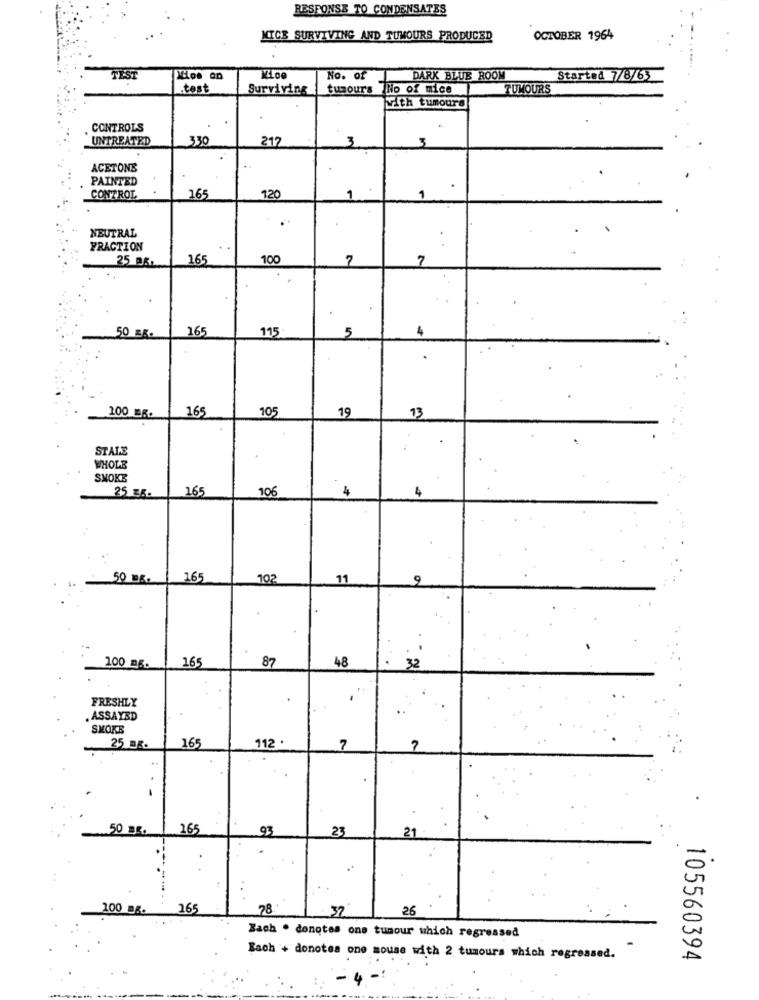
RESPONSE TO CONDENSATES
NICE SURVIVING AND TUMOURS PRODUCED
OCTOBER 1964
TEST
No. of
DARK BLUE ROOM
Started 7/8/63
.test
Surviving
tumours No of mice
TUMOURS
with tumours
. CONTROLS
UNTREATED
330
212
3
3
ACETONE
PAINTED
.
CONTROL
165
120
1
1
NEUTRAL
FRACTION
25 35
165
100
7
7
165
115
5
4
50 ER.
.
165
105
19
100 =6.
13
STALE
WHOLE
SMOKE
16
106
4
25 85.
50 mg.
165
102
11
9
165
87
48
100 mg.
32
FRESHLY
. ASSAYED
SMOKE
25 mg.
165
112 .
7
50 BE.
165
93
23
21
100 aB.
165
78
32
26
Bach . donotes one tumour which regressed
-
Each + donotes one mouse with 2 tumours which regressed.
105560394